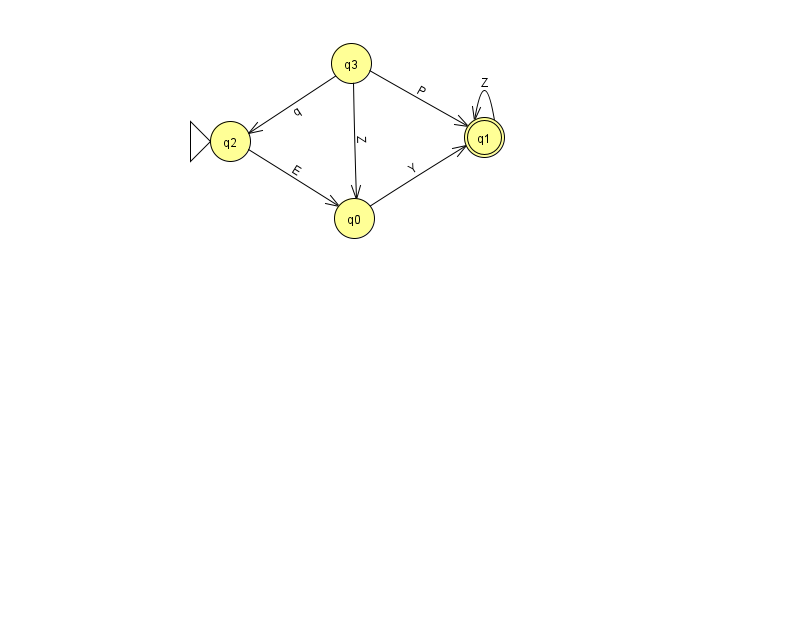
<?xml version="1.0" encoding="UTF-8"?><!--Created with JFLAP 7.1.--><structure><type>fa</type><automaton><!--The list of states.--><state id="0" name="q0"><x>354.0</x><y>205.0</y></state><state id="1" name="q1"><x>484.0</x><y>124.0</y><final/></state><state id="2" name="q2"><x>230.0</x><y>128.0</y><initial/></state><state id="3" name="q3"><x>351.0</x><y>50.0</y></state><!--The list of transitions.--><transition><from>2</from><to>0</to><read>E</read></transition><transition><from>3</from><to>2</to><read>q</read></transition><transition><from>3</from><to>1</to><read>P</read></transition><transition><from>1</from><to>1</to><read>Z</read></transition><transition><from>0</from><to>1</to><read>Y</read></transition><transition><from>3</from><to>0</to><read>Z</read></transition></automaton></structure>